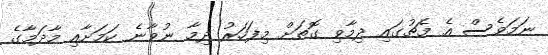
ނަމަވެސް އެ މެޗުގައި ދިމާވި ގޮތަށް މިފަހަރު ދިމާ ނުވާނެ ކަމަށާއި މާދަމާގެ